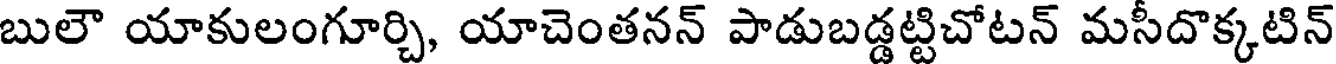
బులౌ యాకులంగూర్చి, యాచెంతనన్ పాడుబడ్డట్టిచోటన్ మసీదొక్కటిన్